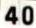
40